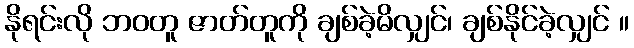
နိုရင်းလို ဘဝတူ ဇာတ်တူကို ချစ်ခဲ့မိလျှင်၊ ချစ်နိုင်ခဲ့လျှင် ။